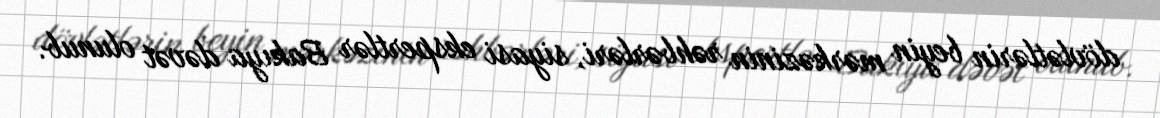
dövlətlərin beyin mərkəzinin rəhbərləri, siyasi ekspertlər Bakıya dəvət olunub.